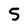
Character: 5